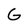
Character: G